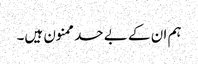
ہم ان کے بے حد ممنون ہیں۔